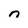
Character: n